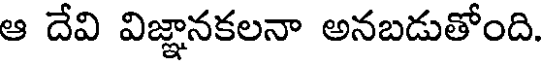
ఆ దేవి విజ్ఞానకలనా అనబడుతోంది.